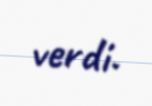
verdi.